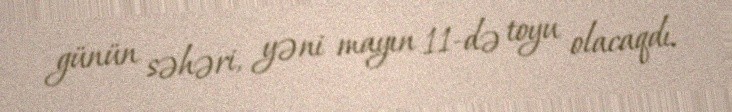
günün səhəri, yəni mayın 11-də toyu olacaqdı.